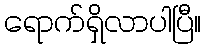
ရောက်ရှိလာပါပြီ။